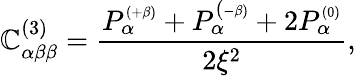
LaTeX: \mathbb{C}_{\alpha\beta\beta}^{(3)}=\frac{{P_{\alpha}^{\scriptscriptstyle{(+\beta)}}+P_{\alpha}^{(\scriptscriptstyle{-\beta)}}+2P_{\alpha}^{\scriptscriptstyle{(0)}}}}{{2\xi^{2}}},